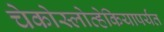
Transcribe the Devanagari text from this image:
चेकोस्लोव्हेकियापर्यंत